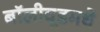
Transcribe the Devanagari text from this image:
बॉलीवूडमधे